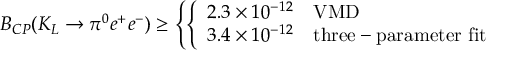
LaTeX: B _ { C P } ( K _ { L } \rightarrow \pi ^ { 0 } e ^ { + } e ^ { - } ) \geq \left\{ \left\{ \begin{array} { l l } { { 2 . 3 \times 1 0 ^ { - 1 2 } } } & { { \mathrm { V M D } } } \\ { { 3 . 4 \times 1 0 ^ { - 1 2 } } } & { { \mathrm { t h r e e - p a r a m e t e r ~ f i t } } } \end{array} \right. \right.